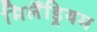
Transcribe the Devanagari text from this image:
मिलैंड्रियम